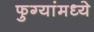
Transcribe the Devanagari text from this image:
फुग्यांमध्ये